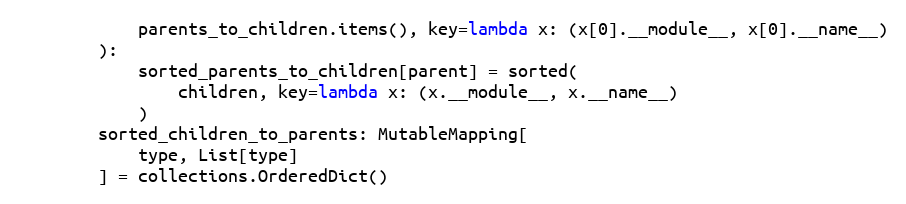
Language: Python
            parents_to_children.items(), key=lambda x: (x[0].__module__, x[0].__name__)
        ):
            sorted_parents_to_children[parent] = sorted(
                children, key=lambda x: (x.__module__, x.__name__)
            )
        sorted_children_to_parents: MutableMapping[
            type, List[type]
        ] = collections.OrderedDict()